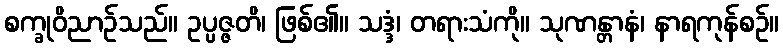
စက္ခုဝိညာဉ်သည်။ ဥပ္ပဇ္ဇတိ၊ ဖြစ်၏။ သဒ္ဒံ၊ တရားသံကို။ သုဏန္တာနံ၊ နာရကုန်စဉ်။